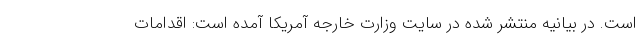
است. در بیانیه منتشر شده در سایت وزارت خارجه آمریکا آمده است: اقدامات